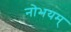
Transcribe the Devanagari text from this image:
नोभयम्